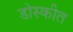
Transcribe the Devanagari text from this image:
डोस्कीत